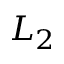
L _ { 2 }